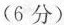
(6分)